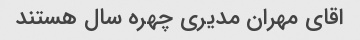
اقای مهران مدیری چهره سال هستند